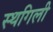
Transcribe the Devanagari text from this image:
स्थगिली